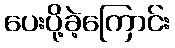
ပေးပို့ခဲ့ကြောင်း